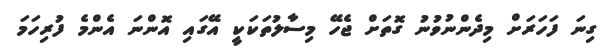
ގިނަ ފަހަރަށް މިދެންނުވުނު ގޮތަށް ޖެހޭ މިސާލުތަކަކީ އޭގައި އޮންނަ އެންމެ ފުރިހަމަ